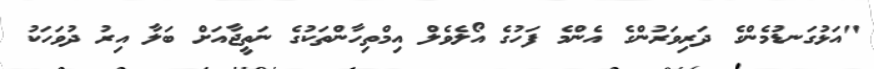
"އަޅުގަނޑުމެންގެ ދަރިވަރުންގެ އެންމެ ފަހުގެ އޯލެވެލް އިމްތިހާންތަކުގެ ނަތީޖާއަށް ބަލާ އިރު ދުވަހަކު